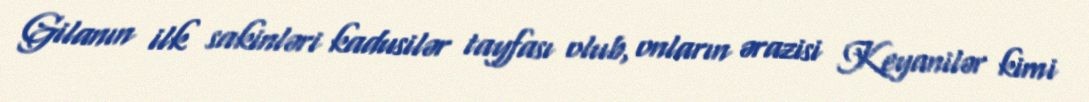
Gilanın ilk sakinləri kadusilər tayfası olub, onların ərazisi Keyanilər kimi